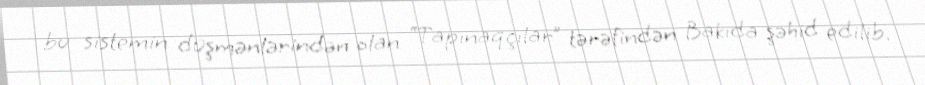
bu sistemin düşmənlərindən olan “Tapınaqçılar” tərəfindən Bakıda şəhid edilib.